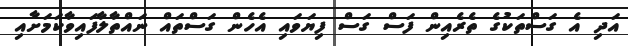
އަދި އެ ގަސްތަކުގެ ތެރެއިން ފަސް ގަސް ފިޔަވައި އެހެން ގަސްތައް ނައްތާލާފައިވާކަމަށާއި